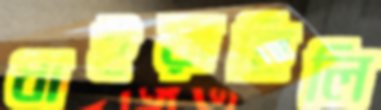
ধাইয়াছিলি